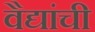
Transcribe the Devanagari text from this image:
वैद्यांची